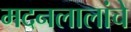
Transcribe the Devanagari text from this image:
मदनलालांचे